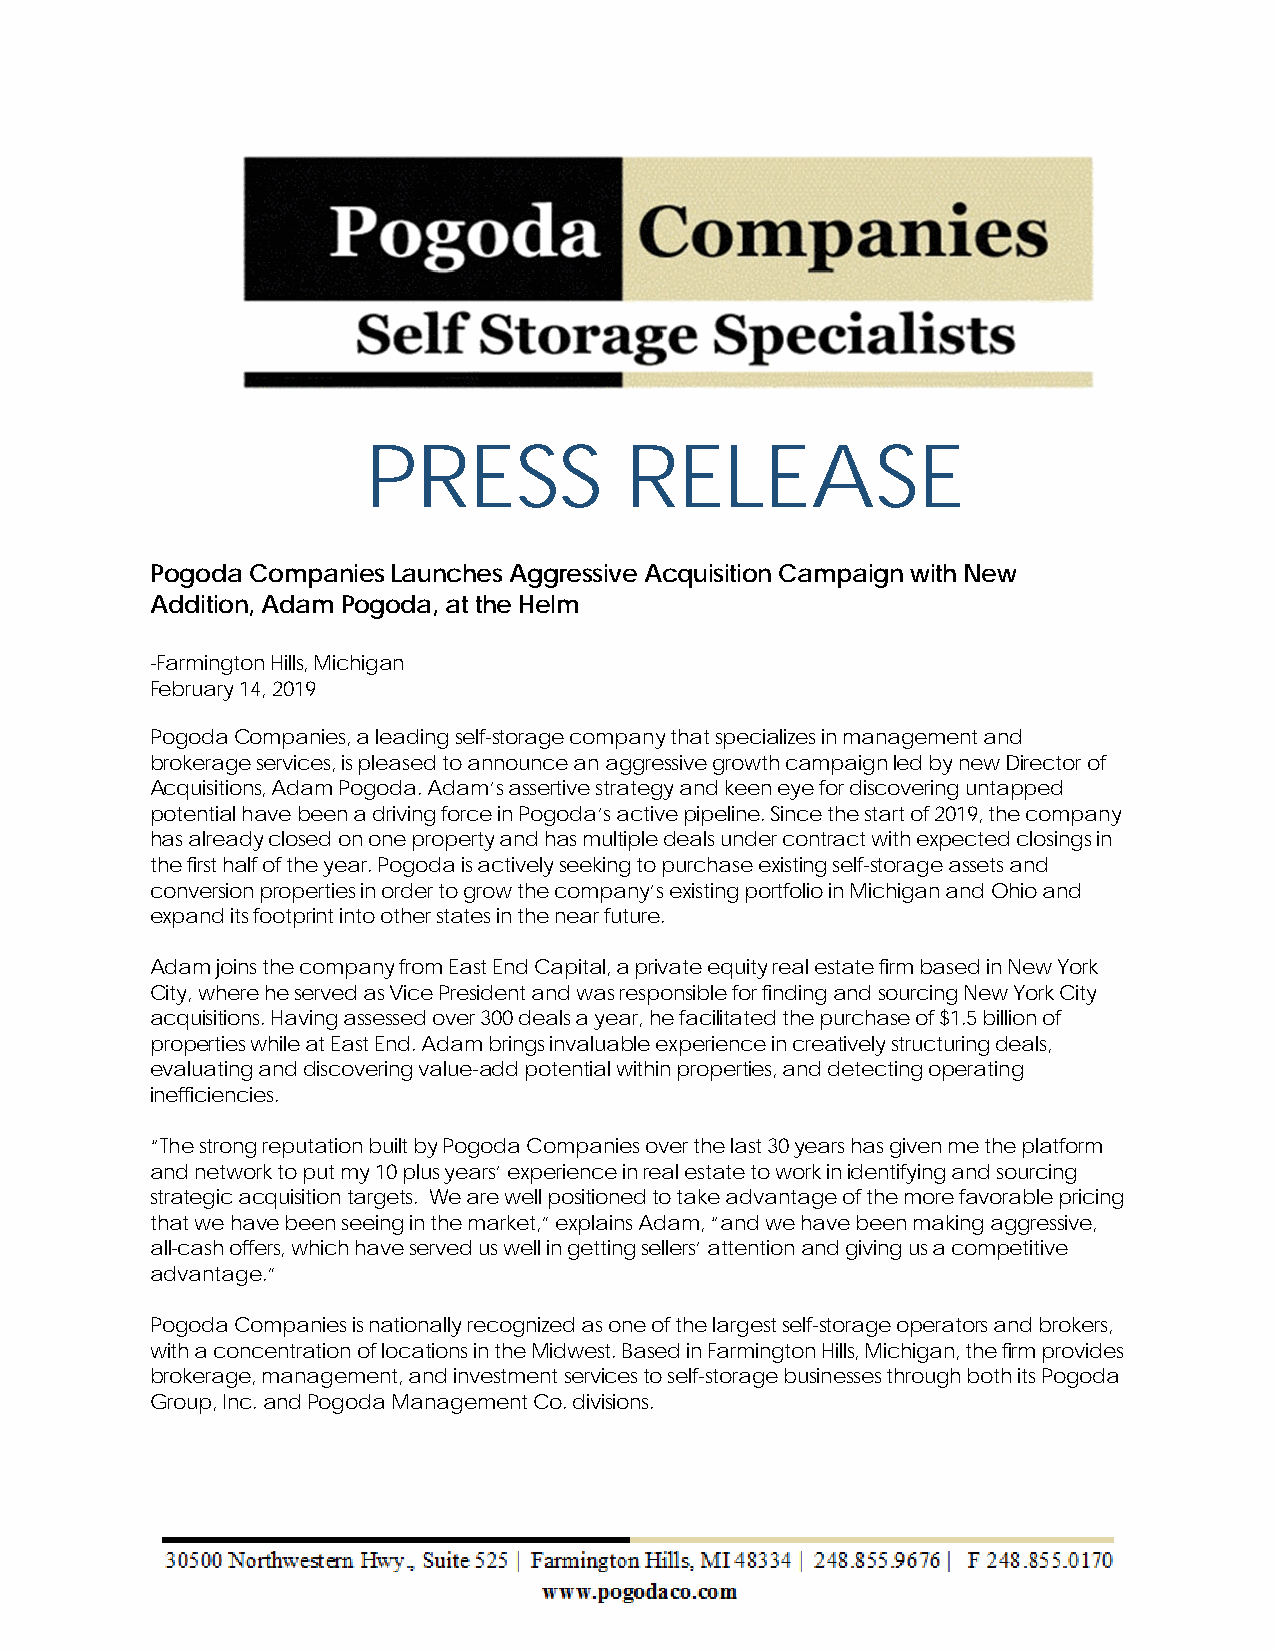
PRESS            RELEASE
 Pogoda Companies Launches Aggressive Acquisition Campaign with New
 Addition, Adam Pogoda, at the Helm
 -Farmington Hills, Michigan
 February 14, 2019
 Pogoda Companies, a leading self-storage company that specializes in management and
 brokerage services, is pleased to announce an aggressive growth campaign led by new Director of
 Acquisitions, Adam Pogoda. Adam’s assertive strategy and keen eye for discovering untapped
 potential have been a driving force in Pogoda’s active pipeline. Since the start of 2019, the company
 has already closed on one property and has multiple deals under contract with expected closings in
 the first half of the year. Pogoda is actively seeking to purchase existing self-storage assets and
 conversion properties in order to grow the company’s existing portfolio in Michigan and Ohio and
 expand its footprint into other states in the near future.
 Adam joins the company from East End Capital, a private equity real estate firm based in New York
 City, where he served as Vice President and was responsible for finding and sourcing New York City
 acquisitions. Having assessed over 300 deals a year, he facilitated the purchase of $1.5 billion of
 properties while at East End. Adam brings invaluable experience in creatively structuring deals,
 evaluating and discovering value-add potential within properties, and detecting operating
 inefficiencies.
 “The strong reputation built by Pogoda Companies over the last 30 years has given me the platform
 and network to put my 10 plus years’ experience in real estate to work in identifying and sourcing
 strategic acquisition targets. We are well positioned to take advantage of the more favorable pricing
 that we have been seeing in the market,” explains Adam, “and we have been making aggressive,
 all-cash offers, which have served us well in getting sellers’ attention and giving us a competitive
 advantage.”
 Pogoda Companies is nationally recognized as one of the largest self-storage operators and brokers,
 with a concentration of locations in the Midwest. Based in Farmington Hills, Michigan, the firm provides
 brokerage, management, and investment services to self-storage businesses through both its Pogoda
 Group, Inc. and Pogoda Management Co. divisions.